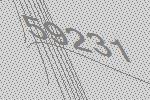
59231